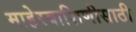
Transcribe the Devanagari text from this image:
माहेरवाशिणीसाठी